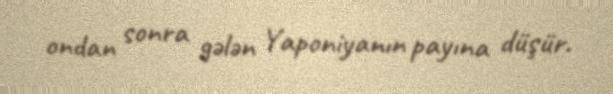
ondan sonra gələn Yaponiyanın payına düşür.